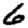
Digit: 6